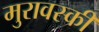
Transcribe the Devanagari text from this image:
मुरावस्की